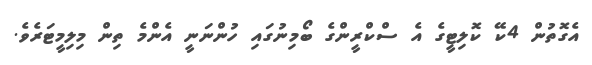
އެގޮތުން 4ކޭ ކޮލިޓީގެ އެ ސްކްރީންގެ ބޯމިނުގައި ހުންނަނީ އެންމެ ތިން މިލިމީޓަރެވެ.